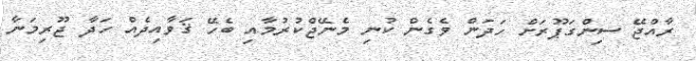
ރާއްޖޭ ސިންގަޕޫރަށް ހަދަންް ވެެގެން ކުނި މެނޭޖްކުރުމާއި ބެހޭ ޤަވާއިދެއް ހަދާ ޖޫރިމަނާ